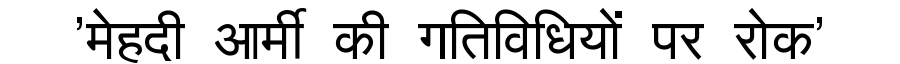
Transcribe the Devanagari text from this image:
'मेहदी आर्मी की गतिविधियों पर रोक'